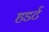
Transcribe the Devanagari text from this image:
हडर्ट